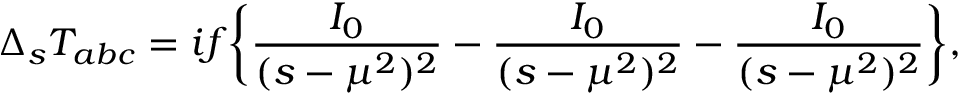
\Delta _ { s } T _ { a b c } = i f \bigg \{ \frac { I _ { 0 } } { ( s - \mu ^ { 2 } ) ^ { 2 } } - \frac { I _ { 0 } } { ( s - \mu ^ { 2 } ) ^ { 2 } } - \frac { I _ { 0 } } { ( s - \mu ^ { 2 } ) ^ { 2 } } \bigg \} ,